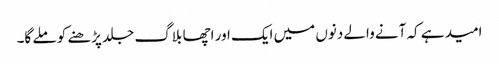
امید ہے کہ آنے والے دنوں میں ایک اور اچھا بلاگ جلد پڑھنے کو ملے گا۔